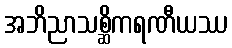
အဘိညာသစ္ဆိကရဏီယဿ